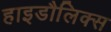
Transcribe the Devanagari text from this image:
हाइडौलिक्स